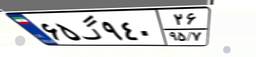
۶۵گ۹۴۰۲۶